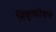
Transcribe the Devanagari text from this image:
सिबुल्कोवाने